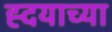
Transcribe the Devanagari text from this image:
ह्दयाच्या